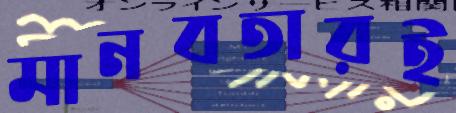
মানবতারই